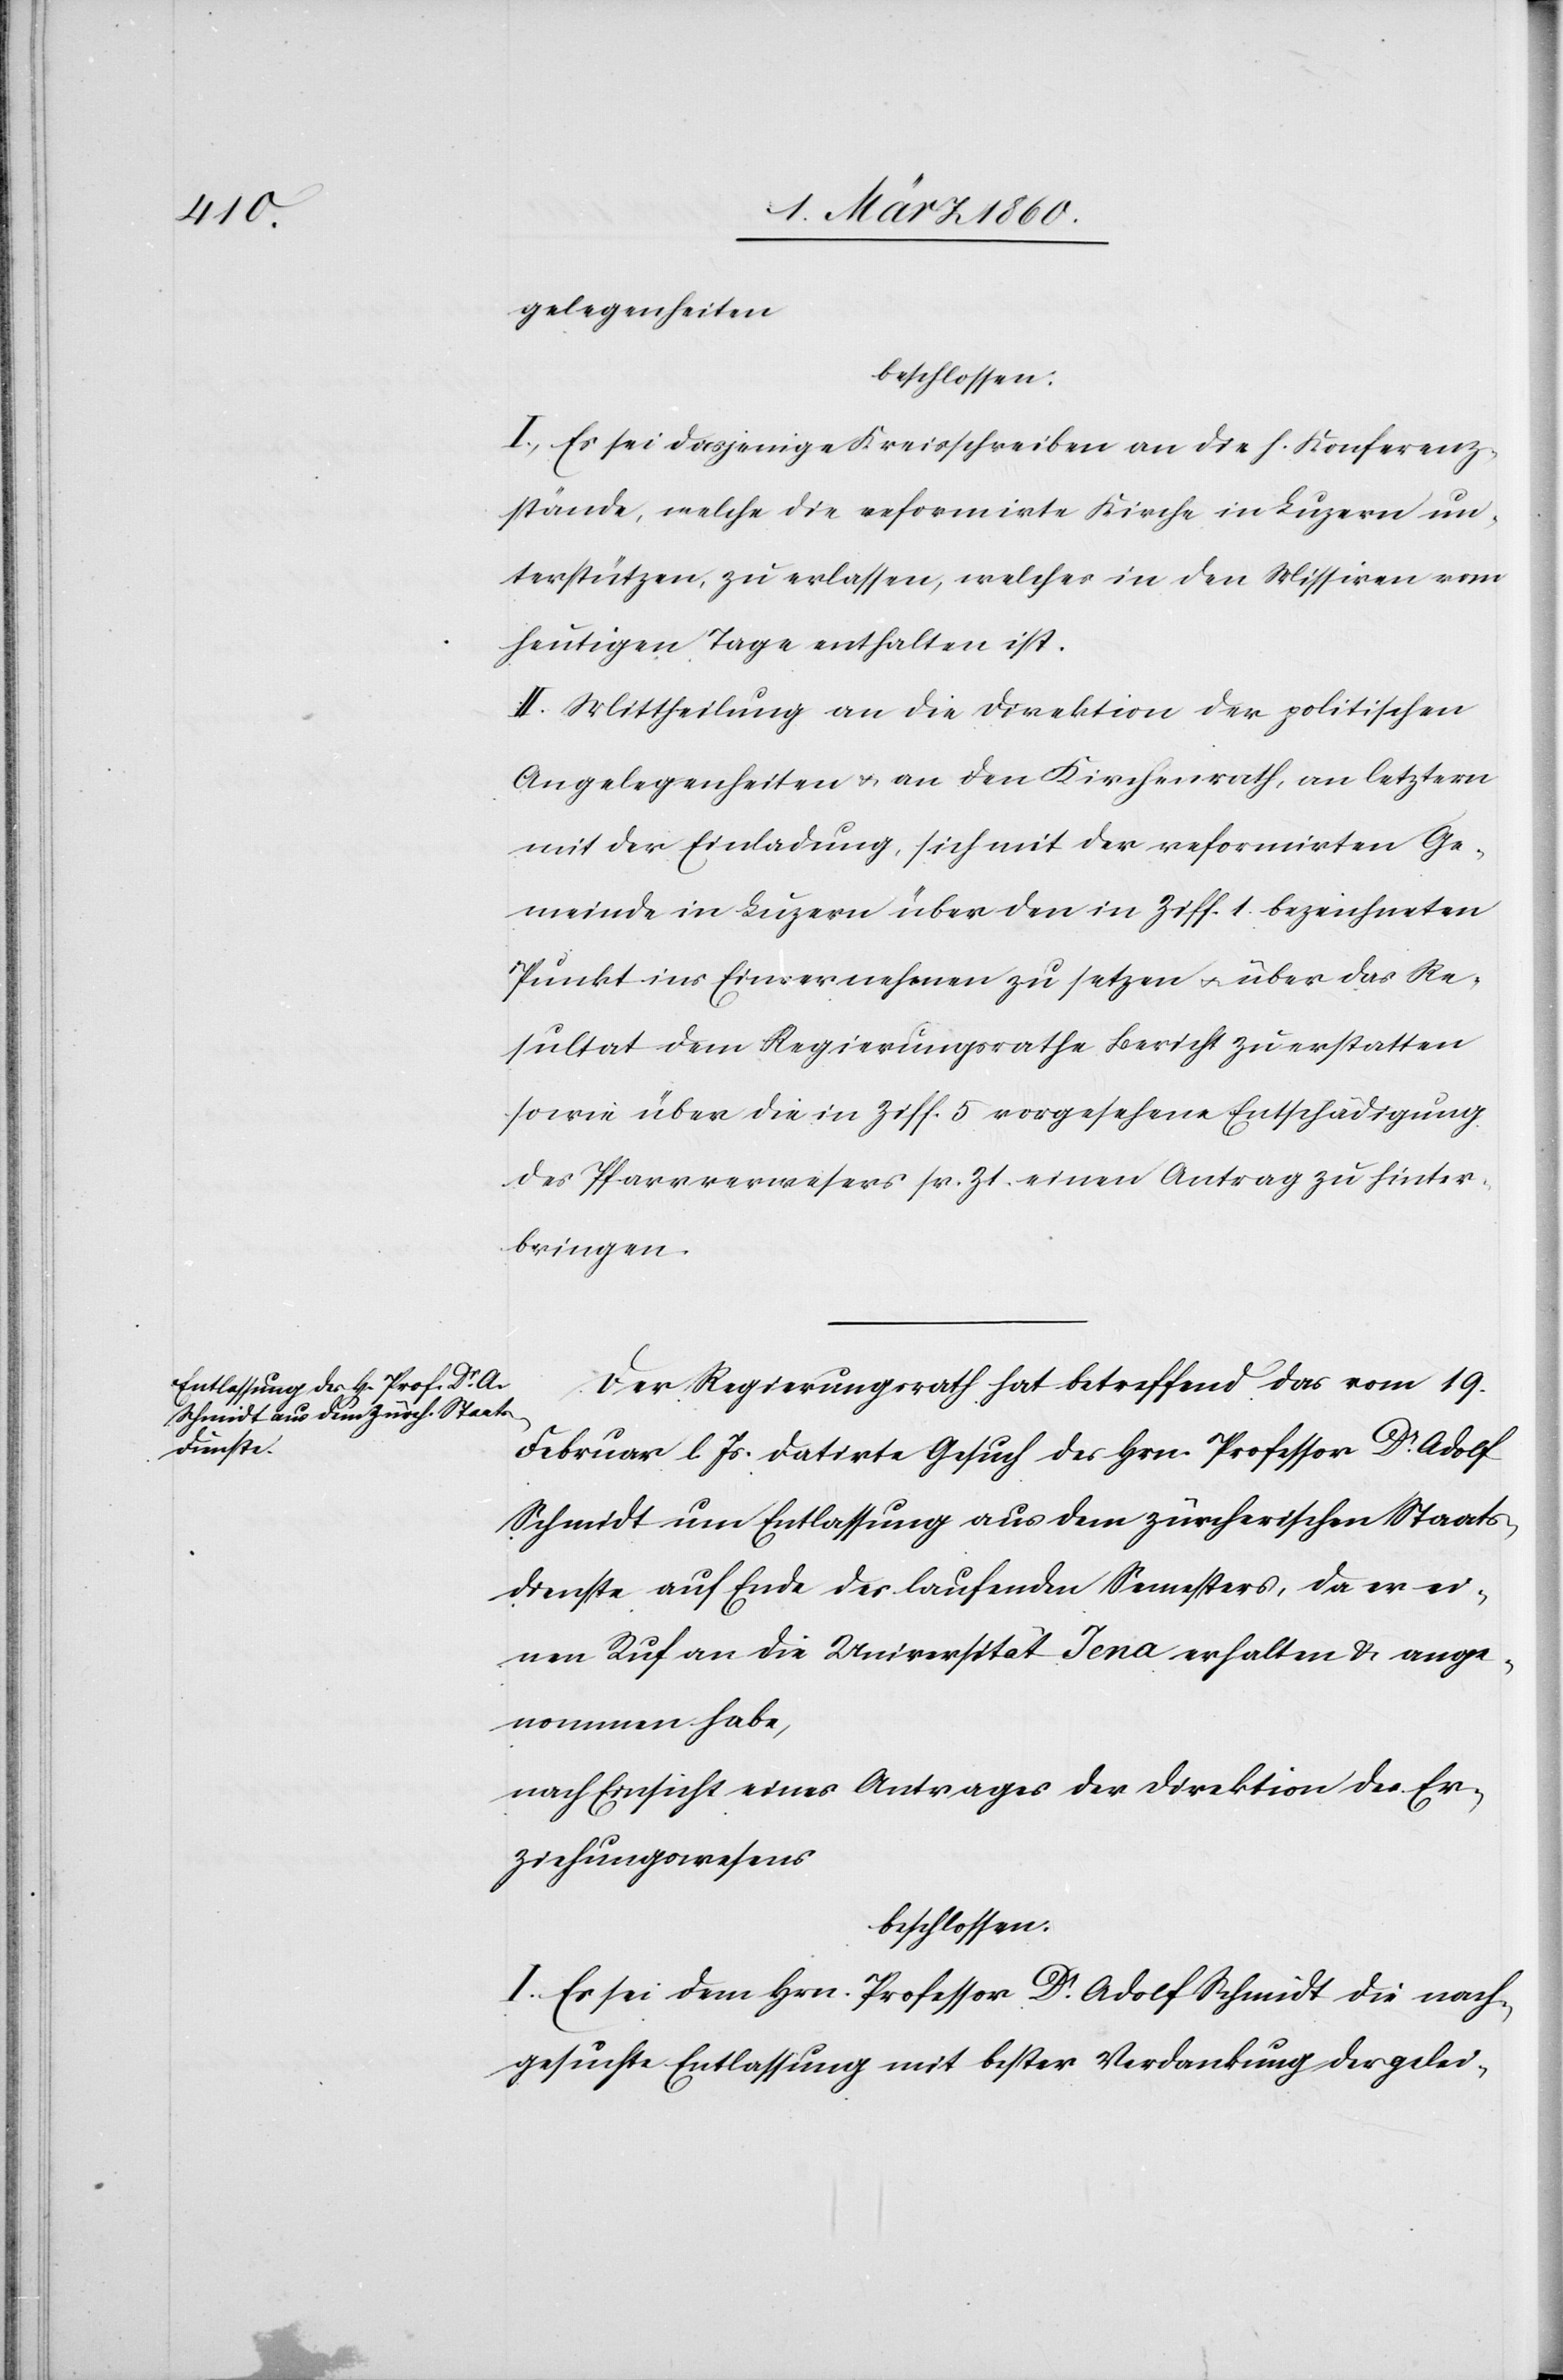
gelegenheiten
beschlossen:
I. Es sei dasjenige Kreisschreiben an die h. Konferenz¬
stände, welche die reformirte Kirche in Luzern un¬
terstützen, zu erlassen, welches in den Missiven vom
heutigen Tage enthalten ist.
II. Mittheilung an die Direktion der politischen
Angelegenheiten u. an den Kirchenrath, an letztern
mit der Einladung, sich mit der reformirten Ge¬
meinde in Luzern über den in Ziff. 1. bezeichneten
Punkt ins Einvernehmen zu setzen u. über das Re¬
sultat dem Regierungsrathe Bericht zu erstatten
sowie über die in Ziff. 5. vorgesehene Entschädigung
des Pfarrverwesers sr. Zt. einen Antrag zu hinter¬
bringen.
Der Regierungsrath hat betreffend das vom 19.
Februar l. Js. datirte Gesuch des Hrn. Professor Dr Adolf
Schmidt um Entlassung aus dem zürcherischen Staats¬
dienste auf Ende des laufenden Semesters, da er ei¬
nen Ruf an die Universität Jena erhalten u. ange¬
nommen habe,
nach Einsicht eines Antrages der Direktion des Er¬
ziehungswesens
beschlossen:
I. Es sei dem Hrn. Professor Dr Adolf Schmidt die nach¬
gesuchte Entlassung mit bester Verdankung der gelei-